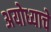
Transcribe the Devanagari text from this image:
अयोध्याचे